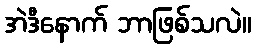
အဲဒီနောက် ဘာဖြစ်သလဲ။